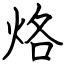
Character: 烙